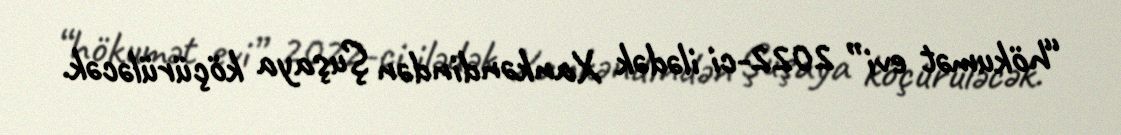
“hökumət evi” 2022-ci ilədək Xankəndindən Şuşaya köçürüləcək.